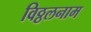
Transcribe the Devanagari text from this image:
विठ्ठलनाम